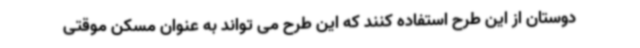
دوستان از این طرح استفاده کنند که این طرح می تواند به عنوان مسکن موقتی